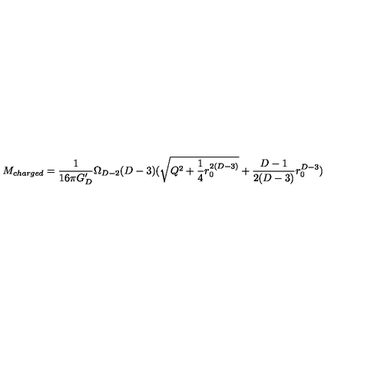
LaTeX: M _ { c h a r g e d } = { \frac { 1 } { 1 6 \pi G _ { D } ^ { \prime } } } \Omega _ { D - 2 } ( D - 3 ) ( \sqrt { Q ^ { 2 } + { \frac { 1 } { 4 } } r _ { 0 } ^ { 2 ( D - 3 ) } } + { \frac { D - 1 } { 2 ( D - 3 ) } } r _ { 0 } ^ { D - 3 } )